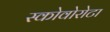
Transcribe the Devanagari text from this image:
स्कोवोरोटा